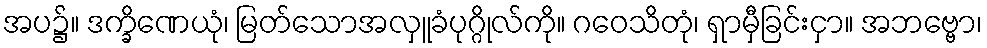
အပ၌။ ဒက္ခိဏေယုံ၊ မြတ်သောအလှူခံပုဂ္ဂိုလ်ကို။ ဂဝေသိတုံ၊ ရှာမှီခြင်းငှာ။ အဘဗ္ဗော၊